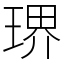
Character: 琾